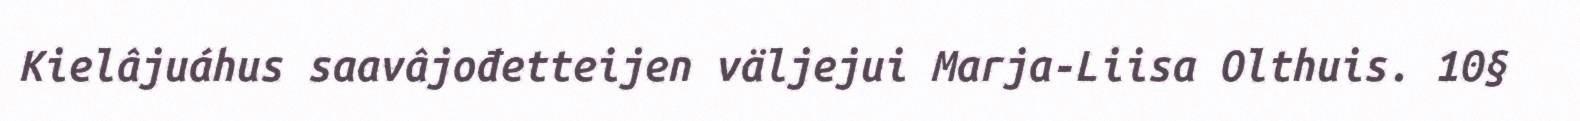
Kielâjuáhus saavâjođetteijen väljejui Marja-Liisa Olthuis. 10§